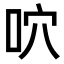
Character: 𠱇